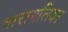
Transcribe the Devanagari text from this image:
वारागलियर